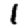
Digit: 1